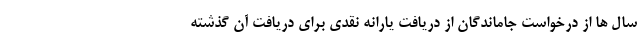
سال ها از درخواست جاماندگان از دریافت یارانه نقدی برای دریافت آن گذشته